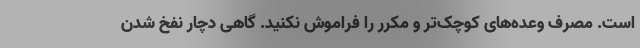
است. مصرف وعده‌های کوچک‌تر و مکرر را فراموش نکنید. گاهی دچار نفخ شدن